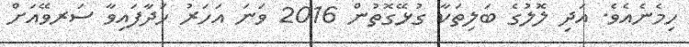
ހިމެނެއެވެ. އަދި ލޮލުގެ ބަލިތަކާ ގުޅޭގޮތުން 2016 ވަނަ އަހަރު ހަދާފައިވާ ސަރވޭއަށް